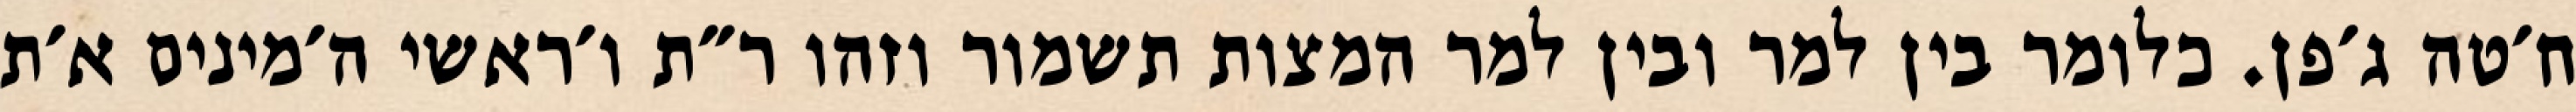
ח׳טה ג׳פן. כלומר בין למר ובין למר המצות תשמור וזהו ר״ת ו׳ראשי ה׳מינים א׳ת